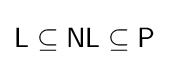
{\mathsf {L}}\subseteq {\mathsf {NL}}\subseteq {\mathsf {P}}